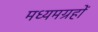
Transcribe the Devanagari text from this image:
मध्यमग्रहों